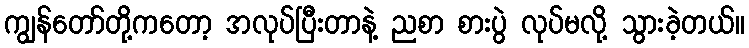
ကျွန်တော်တို့ကတော့ အလုပ်ပြီးတာနဲ့ ညစာ စားပွဲ လုပ်မလို့ သွားခဲ့တယ်။